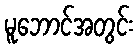
မူဘောင်အတွင်း